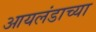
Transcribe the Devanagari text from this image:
आयलंडाच्या